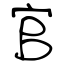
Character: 官